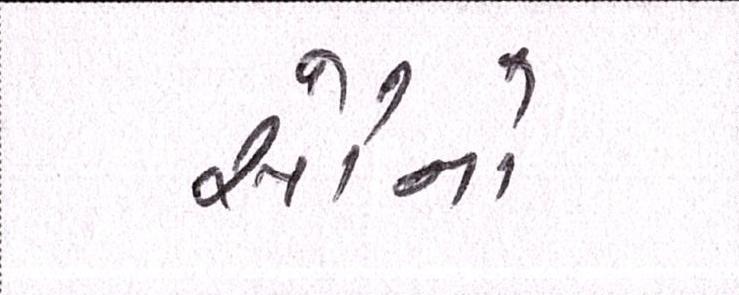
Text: સૌનો